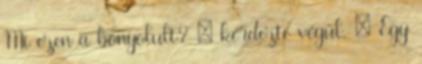
Mi ezen a bonyolult? – kérdezte végül. – Egy